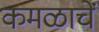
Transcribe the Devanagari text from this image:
कमळाचें